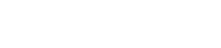
ရောက်သွားကြမည်နည်း။